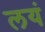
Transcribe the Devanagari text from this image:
लयं